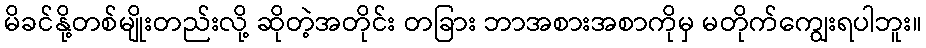
မိခင်နို့တစ်မျိုးတည်းလို့ ဆိုတဲ့အတိုင်း တခြား ဘာအစားအစာကိုမှ မတိုက်ကျွေးရပါဘူး။